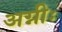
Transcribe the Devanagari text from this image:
अग्नीः